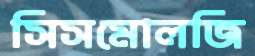
সিসমোলজি